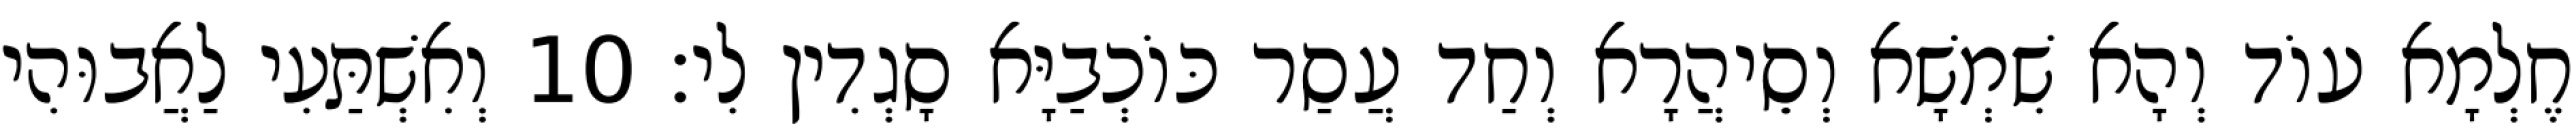
חֶלְמָא עוֹד וְהָא שִׁמְשָׁא וְסֵיהֲרָא וְחַד עֲסַר כּוֹכְבַיָּא סָגְדִין לִי׃ 10 וְאִשְׁתַּעִי לַאֲבוּהִי